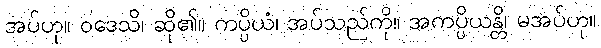
အပ်ဟု။ ဝဒေသိ၊ ဆို၏။ ကပ္ပိယံ၊ အပ်သည်ကို။ အကပ္ပိယန္တိ၊ မအပ်ဟု။